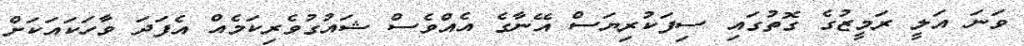
ވަނަ އަލީ ރަމީޒުގެ ގޮތުގައި ސިފަކުރިޔަސް އޭނާގެ އެއްވެސް ޝައުގުވެރިކަމެއް އެފަދަ ވާހަކައަކަށް